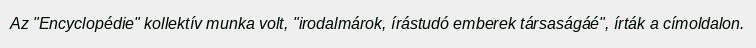
Az "Encyclopédie" kollektív munka volt, "irodalmárok, írástudó emberek társaságáé", írták a címoldalon.